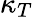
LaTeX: \kappa_{T}